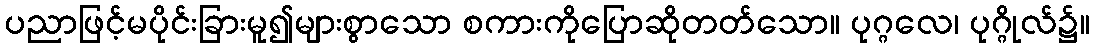
ပညာဖြင့်မပိုင်းခြားမူ၍များစွာသော စကားကိုပြောဆိုတတ်သော။ ပုဂ္ဂလေ၊ ပုဂ္ဂိုလ်၌။